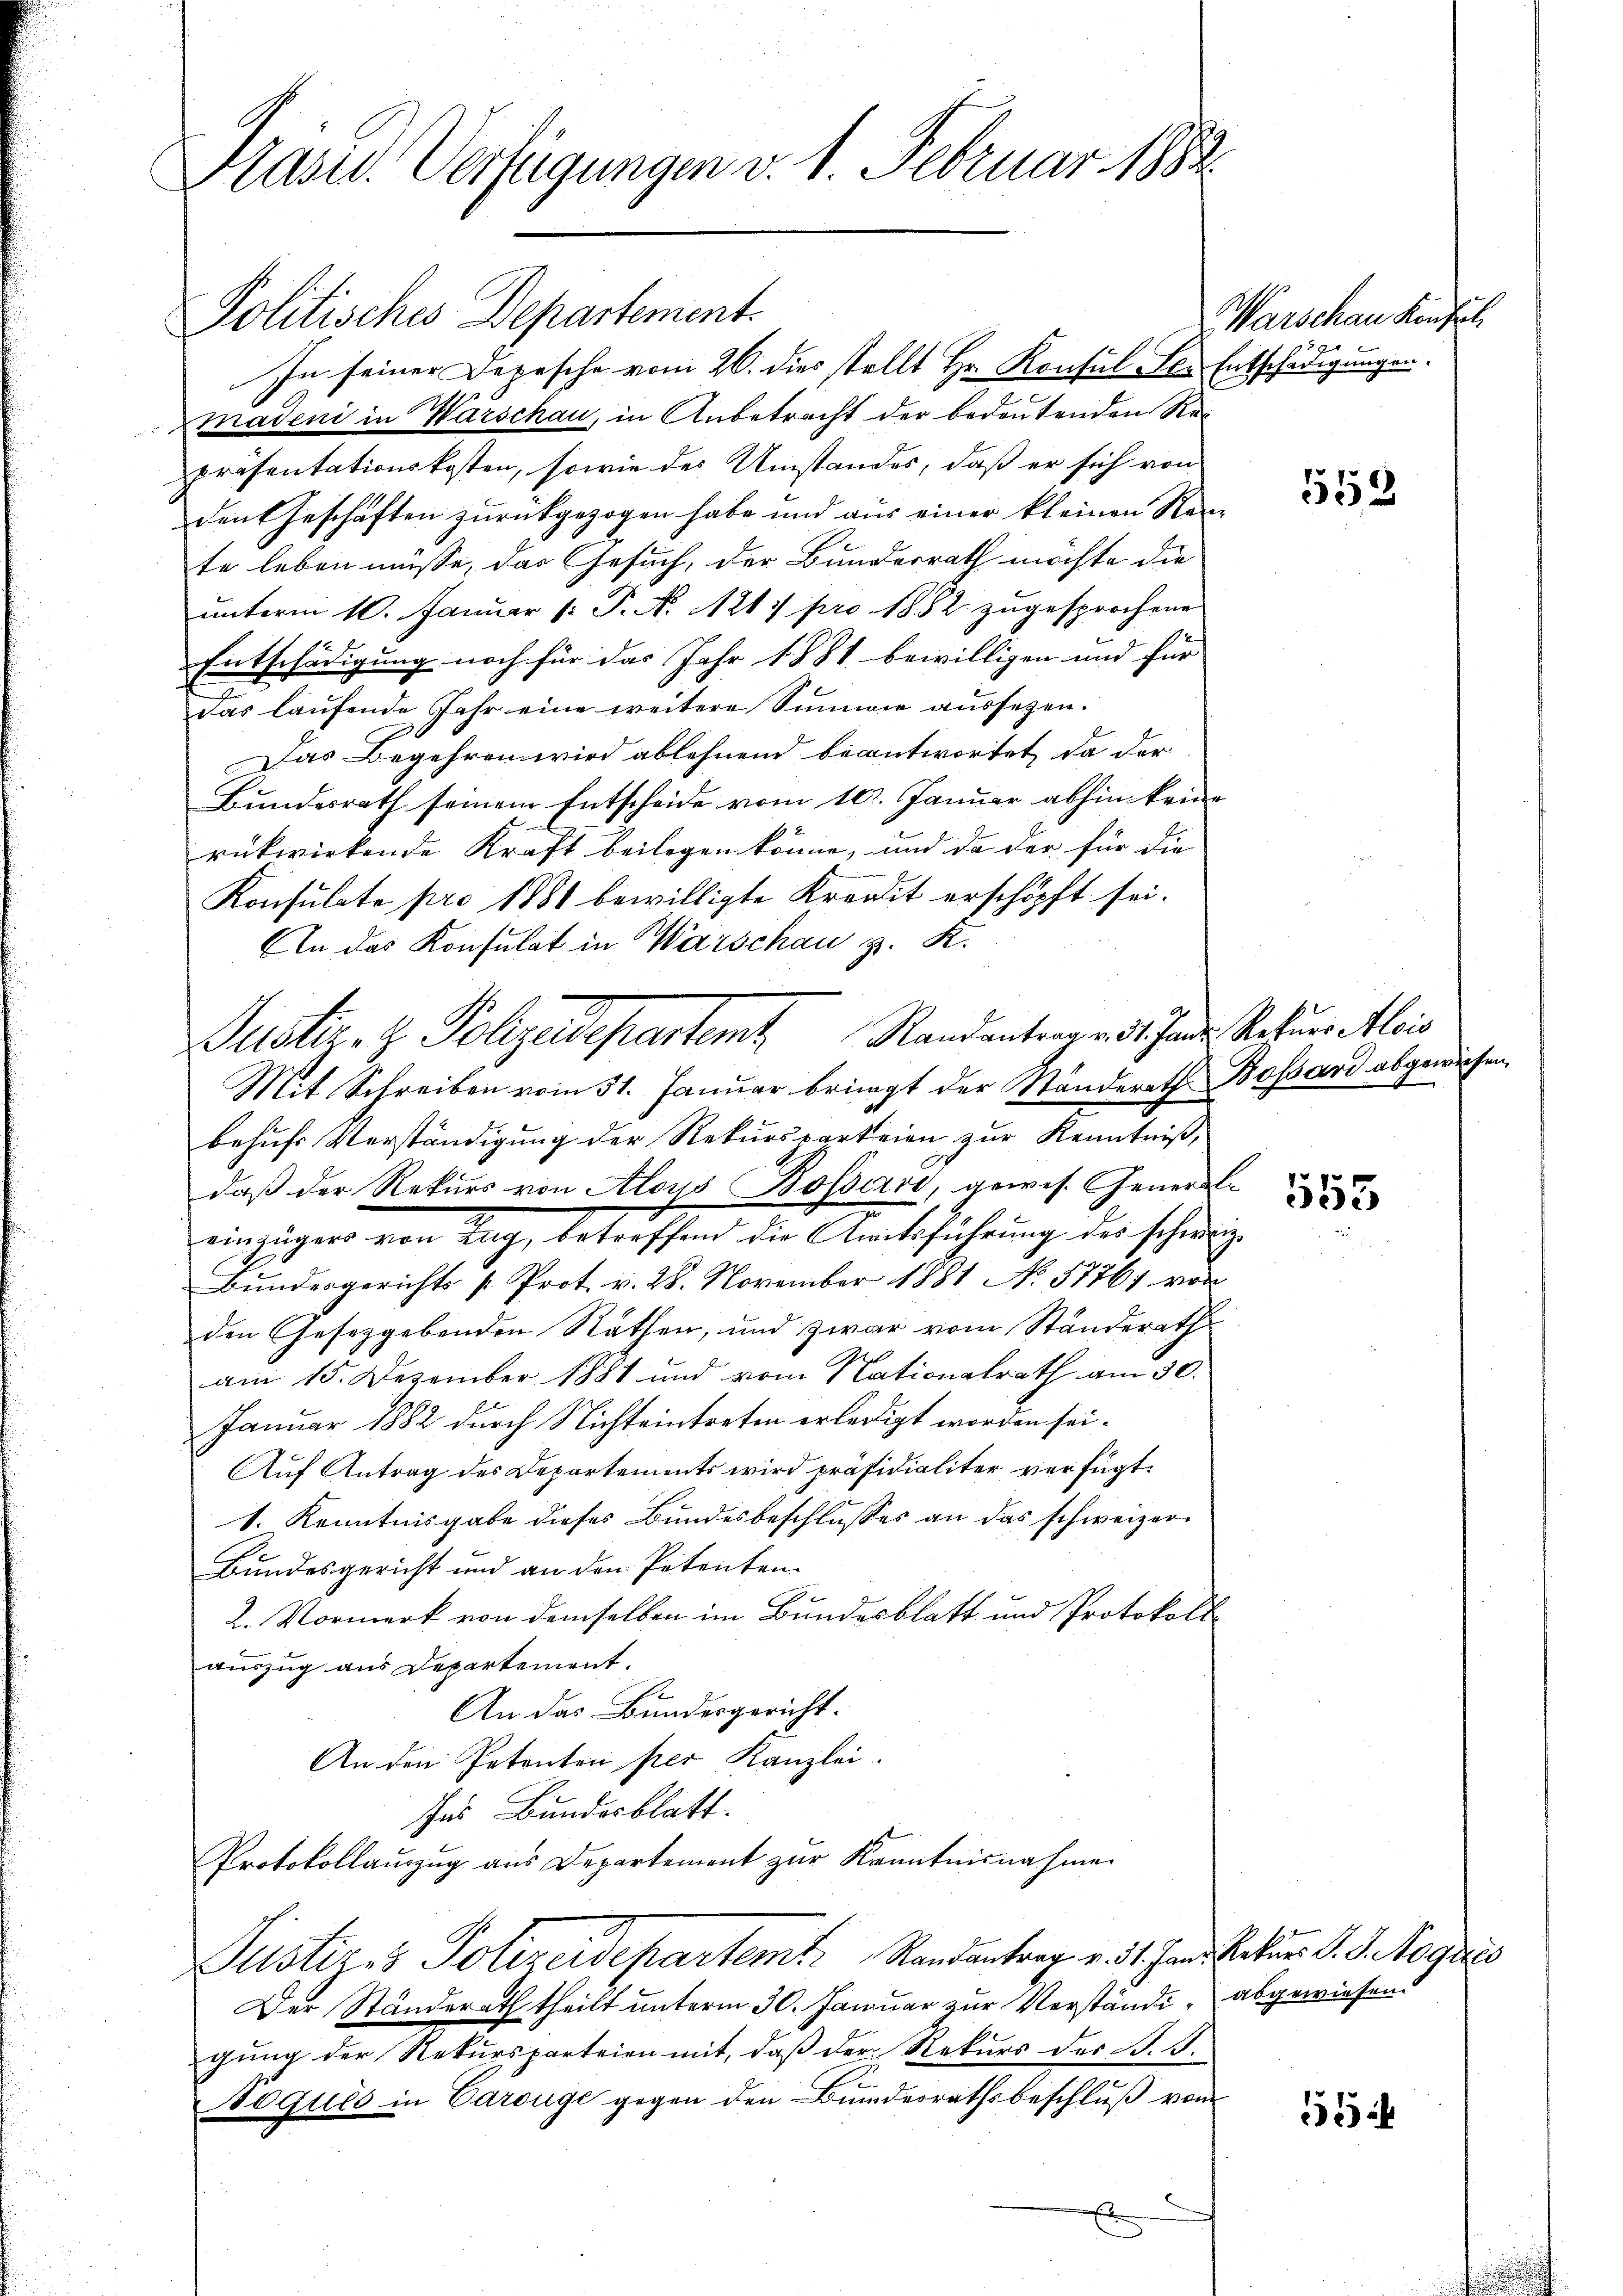
Präsid. Verfügungen v. 1. Februar 1882

Politisches Departement.
In seiner Depesche vom 26. dies stellt Hr. Konsul Fe¬
Badeni in Warschau, in Anbetracht der bedeutenden Repräsentationskosten, sowie des Umstandes, daß er sich von
den Geschäften zurückgezogen habe und aus einer kleinen Na
te leben müsse, das Gesuch, der Bundesrath möchte die
unterm 10. Januar (: P. N. 211 pro 1882 zugesprochene
Entschädigung noch für das Jahr 1881 bewilligen und für |
das laufende Jahr eine weitere Summie aussezen.
Das Begehren wird ablehnend beantwortet, da der
Bundesrath seinem Entscheide vom 10. Januar abhin kein
rükwirkende Kraft beilegen könne, und da der für die
Konsulate pro 1881 bewilligte Kredit erschöpft sei.
An das Konsulat in Warschau z. K.
Mit Schreiben vom 31. Januar bringt der Ständerath Bossard abgewiesen,
behufs Verständigung der Rekursparteien zur Kenntniß,
daß der Rekurs von Aloys Bossari, gewis. Gener
einzigen von Tag, betreffend die Amtsführung der sehr
Bundesgerichts [Prot. v. 28. November 1881 No 57761 vo
den Gesetzgebenden Räthen, und zwar vom Ständerath
am 15. Dezember 1881 und vom Nationalrath am 30.
Januar 1882 durch Nichteintreten erledigt worden sei.
Auf Antrag des Departements wird präsidialiter verfügt:
1. Kenntnisgabe dieses Bundesbeschlusses an das schweizer¬
Bundesgericht und an den Petenten-
2. Vormerk von demselben im Bundesblatt und Protokolauszug aus Departement.
An das Bundesgericht.
An den Petenten per Kanzlei.
Ins Bundesblatt.
Protokollauszug aus Departement zur Kenntnisnahme
Justiz & Polizeidepartemt Randantrag v. 31. Jan. Rekurs d. J. Roguis
Der Standerath theilt unterm 30. Januar zur Verständi- abgewiesen.
gŭng der Rekŭrsparteien mit, daß der Rekurs des B. B.
Boqués in Carouge gegen den Bundesrathsbeschluß von
m

Justiz- & Polizeidepartemt Randantrage 31 Jade Rekurs Alois

Warschau Konfel
u
Entschädigungen.

l

1

552

555

55